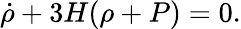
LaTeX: \dot{\rho}+3H(\rho+P)=0.